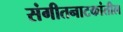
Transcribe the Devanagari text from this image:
संगीतनाटकांतील